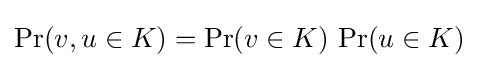
\Pr(v,u\in K)=\Pr(v\in K)\,\Pr(u\in K)